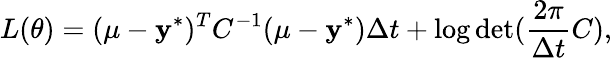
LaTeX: L(\theta)=(\mu-\mathbf{y}^{*})^{T}C^{-1}(\mu-\mathbf{y}^{*})\Delta t+\log\operatorname*{det}(\frac{2\pi}{\Delta t}C),